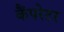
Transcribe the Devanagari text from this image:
कैंपरेटर